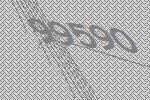
99590